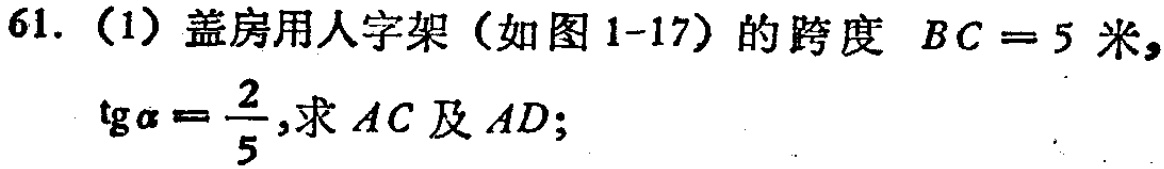
61.（1）盖房用人字架（如图1-17）的跨度 \(BC = 5\) 米，\(\text{tg}\alpha=\frac{2}{5}\)，求 \(AC\) 及 \(AD\)；